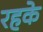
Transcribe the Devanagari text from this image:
रहके